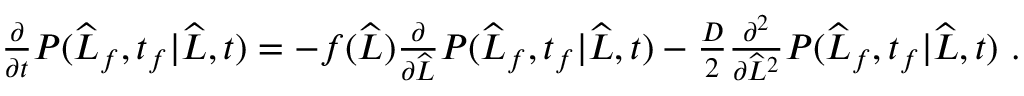
\begin{array} { r } { \frac { \partial } { \partial t } P ( \widehat { L } _ { f } , t _ { f } | \widehat { L } , t ) = - f ( \widehat { L } ) \frac { \partial } { \partial \widehat { L } } P ( \widehat { L } _ { f } , t _ { f } | \widehat { L } , t ) - \frac { D } { 2 } \frac { \partial ^ { 2 } } { \partial \widehat { L } ^ { 2 } } P ( \widehat { L } _ { f } , t _ { f } | \widehat { L } , t ) \ . } \end{array}